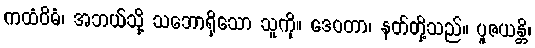
ကထံဝိဓံ၊ အဘယ်သို့ သဘောရှိသော သူကို။ ဒေဝတာ၊ နတ်တို့သည်။ ပူဇယန္တိ၊